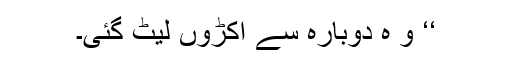
‘‘ و ہ دوبارہ سے اکڑوں لیٹ گئی۔